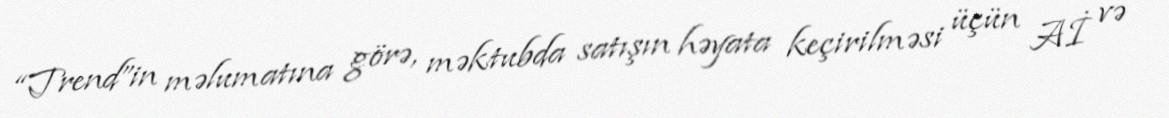
“Trend”in məlumatına görə, məktubda satışın həyata keçirilməsi üçün Aİ və